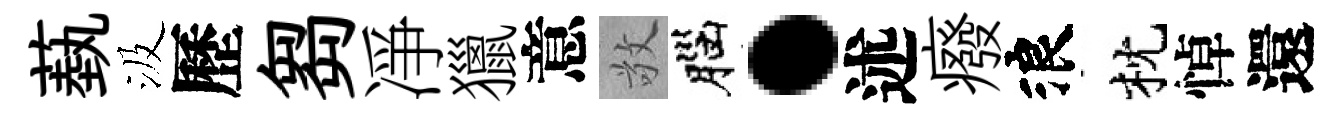
蓺汲歷芻凈獵意敬腦·述癈浪枕悼還